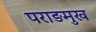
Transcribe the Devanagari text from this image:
पराङमुख